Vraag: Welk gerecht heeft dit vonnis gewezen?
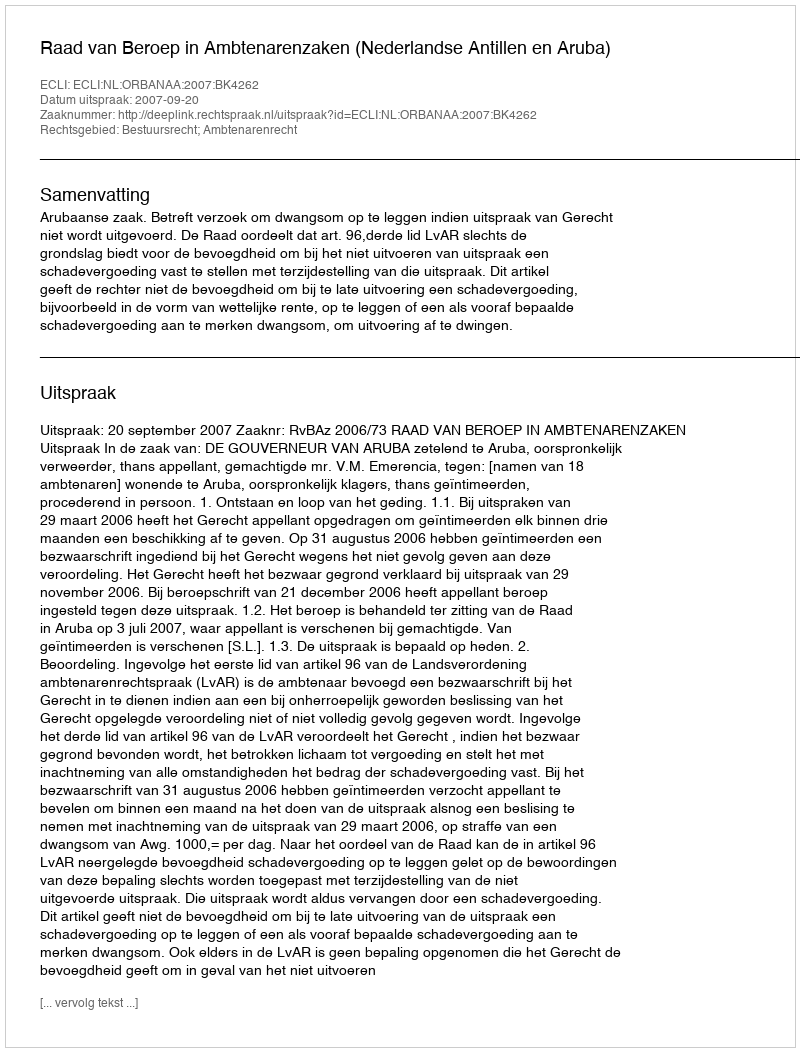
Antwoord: Raad van Beroep in Ambtenarenzaken (Nederlandse Antillen en Aruba)